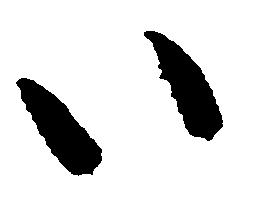
い